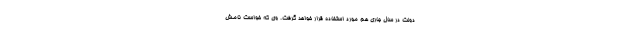
دولت در سال جاری هم مورد استفاده قرار خواهد گرفت. وی که خواست نامش